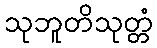
သုဘူတိသုတ္တံ